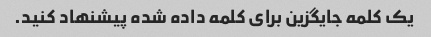
یک کلمه جایگزین برای کلمه داده شده پیشنهاد کنید.